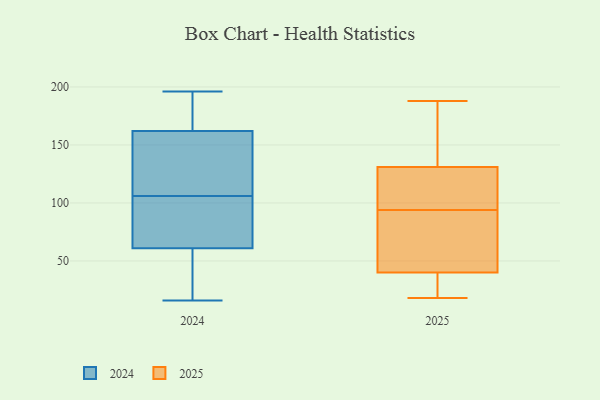
{"axis": {"x": "Latency (ms)", "y": "Value"}, "legend": ["2024", "2025"], "data": [{"x": "", "y": 107, "type": "2024"}, {"x": "", "y": 46, "type": "2024"}, {"x": "", "y": 105, "type": "2024"}, {"x": "", "y": 161, "type": "2024"}, {"x": "", "y": 104, "type": "2024"}, {"x": "", "y": 196, "type": "2024"}, {"x": "", "y": 93, "type": "2024"}, {"x": "", "y": 16, "type": "2024"}, {"x": "", "y": 193, "type": "2024"}, {"x": "", "y": 162, "type": "2024"}, {"x": "", "y": 39, "type": "2024"}, {"x": "", "y": 61, "type": "2024"}, {"x": "", "y": 24, "type": "2024"}, {"x": "", "y": 86, "type": "2024"}, {"x": "", "y": 171, "type": "2024"}, {"x": "", "y": 145, "type": "2024"}, {"x": "", "y": 186, "type": "2024"}, {"x": "", "y": 144, "type": "2024"}, {"x": "", "y": 127, "type": "2025"}, {"x": "", "y": 40, "type": "2025"}, {"x": "", "y": 131, "type": "2025"}, {"x": "", "y": 71, "type": "2025"}, {"x": "", "y": 20, "type": "2025"}, {"x": "", "y": 18, "type": "2025"}, {"x": "", "y": 159, "type": "2025"}, {"x": "", "y": 94, "type": "2025"}, {"x": "", "y": 188, "type": "2025"}, {"x": "", "y": 94, "type": "2025"}]}